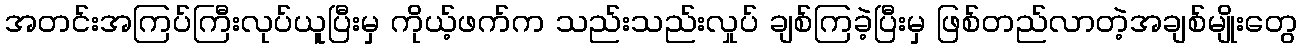
အတင်းအကြပ်ကြီးလုပ်ယူပြီးမှ ကိုယ့်ဖက်က သည်းသည်းလှုပ် ချစ်ကြခဲ့ပြီးမှ ဖြစ်တည်လာတဲ့အချစ်မျိုးတွေ